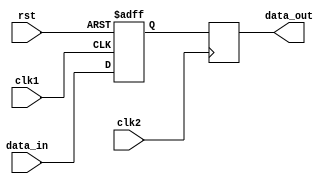
module bypass_register (
    input wire clk1,       // Clock signal for clock domain 1
    input wire clk2,       // Clock signal for clock domain 2
    input wire rst,        // Reset signal

    input wire data_in,    // Data input signal
    output reg data_out    // Data output signal
);

reg [7:0] data_buffer;     // Data buffer for storing input data

always @(posedge clk1 or posedge rst) begin
    if (rst) begin
        data_buffer <= 8'b0;
    end else begin
        data_buffer <= data_in;
    end
end

always @(posedge clk2) begin
    data_out <= data_buffer;
end

endmodule